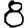
Digit: 8